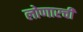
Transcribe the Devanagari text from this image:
लोणारची